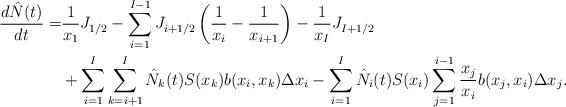
LaTeX: \begin{align*}\frac{d \hat{N}(t)}{dt} =& \frac{1}{x_1}J^{}_{1/2} -\sum_{i=1}^{I-1} J^{}_{i+1/2}\left(\frac{1}{x_{i}}-\frac{1}{x_{i+1}}\right) - \frac{1}{x_I}J^{}_{I+1/2}\\ & + \sum_{i=1}^I \sum_{k= i+1}^I \hat{N}_k(t) S(x_k) b(x_i,x_k) \Delta x_i - \sum_{i=1}^I \hat{N}_i(t) S(x_i) \sum_{j= 1}^{i-1} \frac{x_j}{x_i} b(x_j,x_i) \Delta x_j.\end{align*}